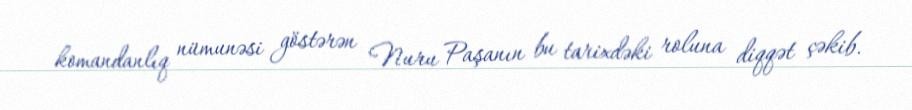
komandanlıq nümunəsi göstərən Nuru Paşanın bu tarixdəki roluna diqqət çəkib.